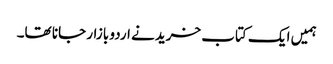
ہمیں ایک کتاب خریدنے اردو بازار جانا تھا۔